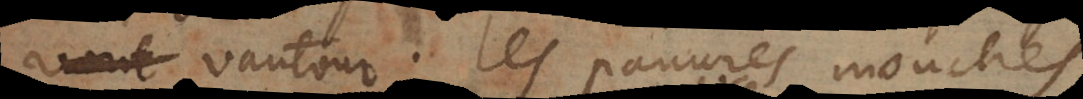
vautour; les pauvres mouches